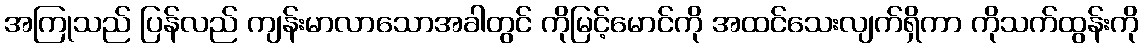
အကြုသည် ပြန်လည် ကျန်းမာလာသောအခါတွင် ကိုမြင့်မောင်ကို အထင်သေးလျက်ရှိကာ ကိုသက်ထွန်းကို